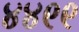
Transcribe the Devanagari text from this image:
४४९९